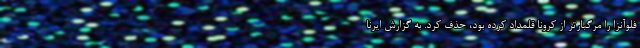
فلوآنزا را مرگبارتر از کرونا قلمداد کرده بود، حذف کرد. به گزارش ایرنا